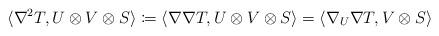
LaTeX: \begin{align*}\langle \nabla^2 T, U \otimes V \otimes S \rangle \coloneqq \langle \nabla \nabla T, U \otimes V \otimes S \rangle = \langle \nabla_U \nabla T, V \otimes S \rangle\end{align*}